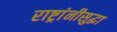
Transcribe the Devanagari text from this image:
राष्ट्रांनीसुद्धा